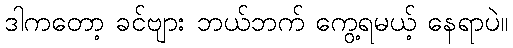
ဒါကတော့ ခင်ဗျား ဘယ်ဘက် ကွေ့ရမယ့် နေရာပဲ။